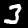
Digit: 3